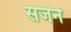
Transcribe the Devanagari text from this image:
सजर्न